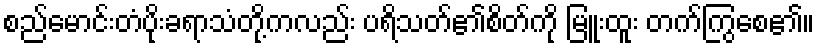
စည်မောင်းတံပိုးခရာသံတို့ကလည်း ပရိသတ်၏စိတ်ကို မြူးထူး တက်ကြွစေ၏။